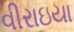
વીરાઇયા